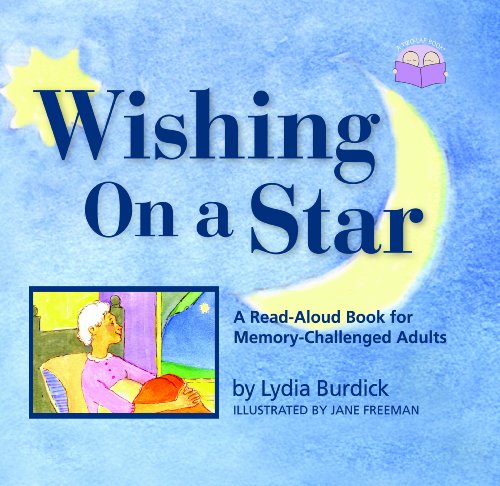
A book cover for Wishing on a Star (Two-Lap Books); Lydia Burdick; Parenting & Relationships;